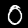
Digit: 0